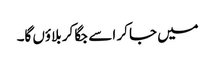
میں جا کر اسے جگا کر بلاؤں گا۔